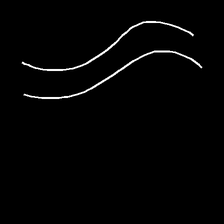
Glyph: float